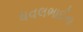
ધવલભાઈના